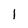
Character: 1